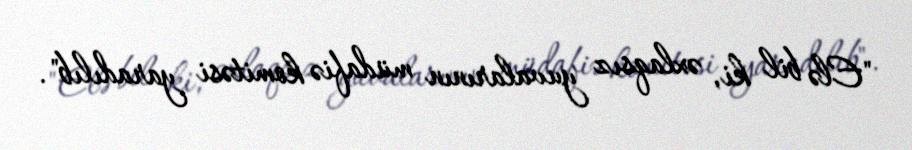
"Elə bil ki, əxlaqsız yuvalarının müdafiə komitəsi yaradılıb".